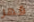
قهر